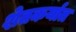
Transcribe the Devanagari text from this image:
शेतकर्यात